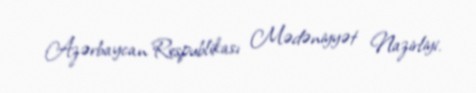
Azərbaycan Respublikası Mədəniyyət Nazirliyi.